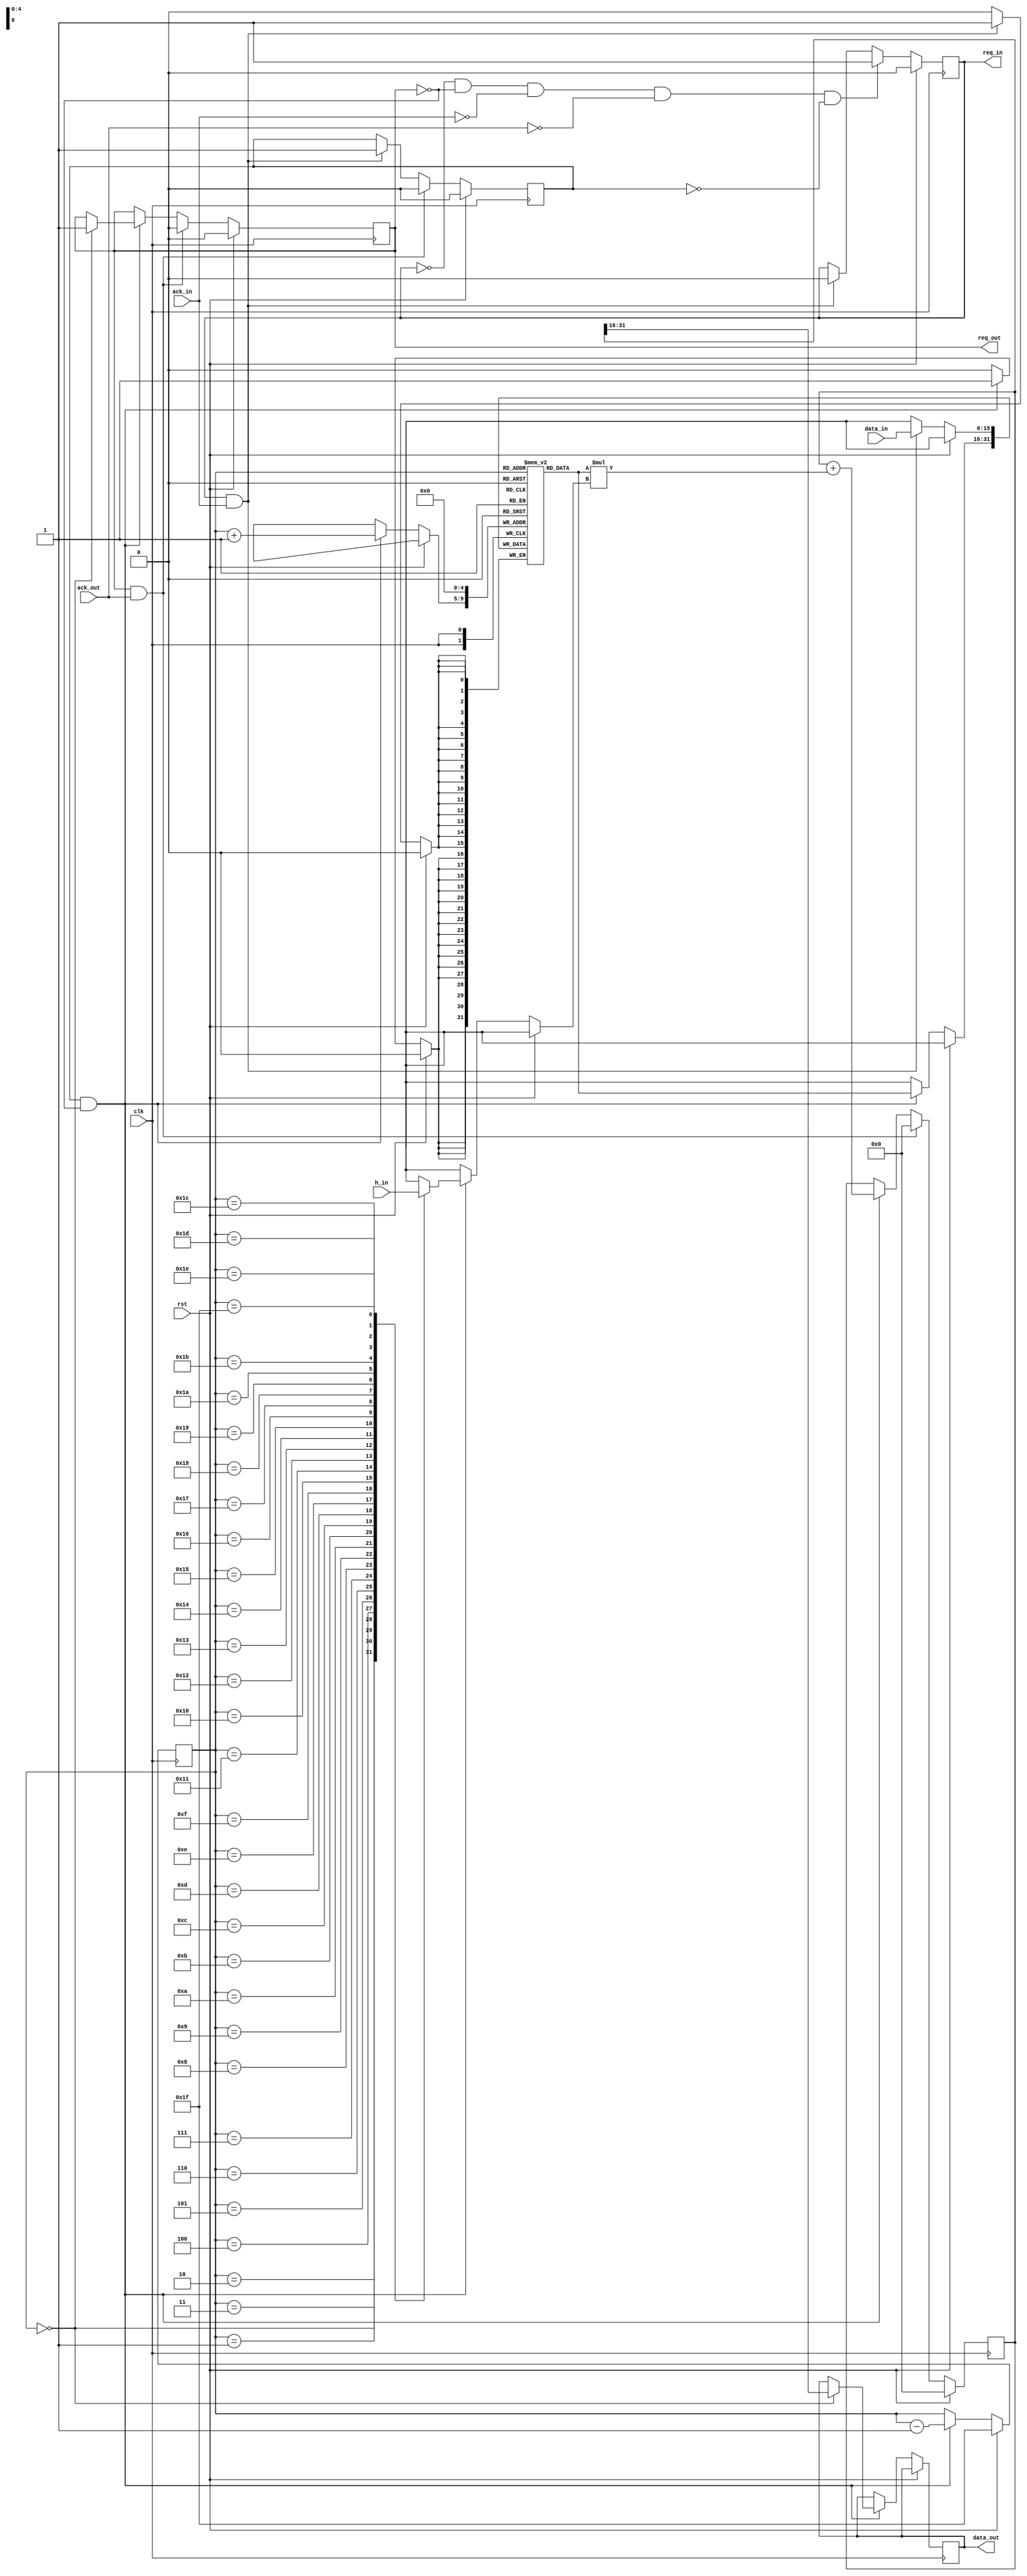
`timescale 1ns / 1ps

module filter #(parameter NR_STAGES = 32,
                parameter DWIDTH = 16,
                parameter DDWIDTH = 2*DWIDTH,
                parameter CWIDTH = NR_STAGES * DWIDTH)
               (input  clk,
                input  rst,
                output req_in,
                input  ack_in,
                input signed [0:DWIDTH-1] data_in,
                output req_out,
                input  ack_out,
                output signed [0:DWIDTH-1] data_out,
                input signed [0:CWIDTH-1] h_in);

    // Output request register
    reg req_out_buf;
    assign req_out = req_out_buf;

    // Input request register
    reg req_in_buf;
    assign req_in = req_in_buf;
  
    // Accumulator (Buffer output to decrease 'Maximum output delay after clock')
    reg signed [0:DDWIDTH-1] sum;
	 reg signed [0:DWIDTH-1] data_out_buf;
    assign data_out = data_out_buf; 
	
	 // Memory to store last 32 inputs and memory to store the coefficients.
	 reg signed [0:DWIDTH-1] mem[0:NR_STAGES-1];
	 wire signed [0:DWIDTH-1] coef[0:NR_STAGES-1];
	 
	 // State variables for FIR
	 reg state_busy;
	 reg [4:0] cnt;
	 
	 // Split the coefficient into 32 wire busses of 16 bit
	 generate
		genvar i;
		for (i = 0; i < NR_STAGES; i = i +1)begin : coef_split
			assign coef[i] = h_in[i*DWIDTH +: DWIDTH];
		end
	 endgenerate
	 
	 // State machine that controls the flow control between testbench and filter
    always @(posedge clk) begin
        if (rst) begin
				state_busy <= 0;
            req_in_buf <= 0;
            req_out_buf <= 0;
            sum <= 0;
				cnt <= NR_STAGES-1;
        end
        else begin
            // Request for input sample is acknowledged. Start calculating
            if (req_in && ack_in) begin
					 mem[0] <= data_in;
					 state_busy <= 1;
                req_in_buf <= 0;
            end
				
				// Process the output in 32 cycles. Then initiate a req_out to warn the output that a sample is ready
				if (state_busy && !req_out) begin
					// Shift through the data and calculate one tap every clock cycle
					mem[cnt+1] <= mem[cnt];
					sum <= sum + mem[cnt]*coef[cnt];
					cnt <= cnt - 1;
					
					// When a complete cycle is done (32 taps calculated), start to output the outcome
					if(cnt == 0) begin
						data_out_buf <= sum[0:15];
						req_out_buf <= 1;
					end
				end
				
            // If req_out is acknowledged, reset all variables
            if (req_out && ack_out) begin
                req_out_buf <= 0;
					 state_busy <= 0;
					 sum <= 0;
            end
				
            // Wait until everyone is calmed down, then initiate new sample request
            if (!req_in && !req_out && !ack_in && !ack_out && !state_busy) begin   
                req_in_buf <= 1;
            end	
        end
    end

endmodule